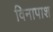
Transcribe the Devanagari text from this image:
विनापाश